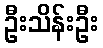
ဦးသိန်းဦး